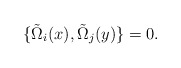
\begin{align*}\{\tilde{\Omega}_{i}(x),\tilde{\Omega}_{j}(y)\}=0. \end{align*}